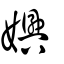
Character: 嬹